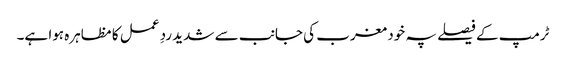
ٹرمپ کے فیصلے پہ خود مغرب کی جانب سے شدید ردِ عمل کا مظاہرہ ہوا ہے۔